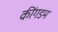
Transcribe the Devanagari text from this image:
कींगडम